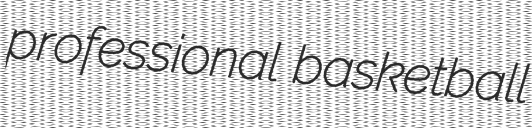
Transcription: professional basketball